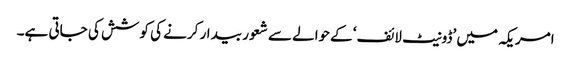
امریکہ میں ’ڈونیٹ لائف‘ کےحوالے سے شعور بیدار کرنے کی کوشش کی جاتی ہے۔